Scientific memoirs by medical officers of the Army of India - Part V,
Year: 1890
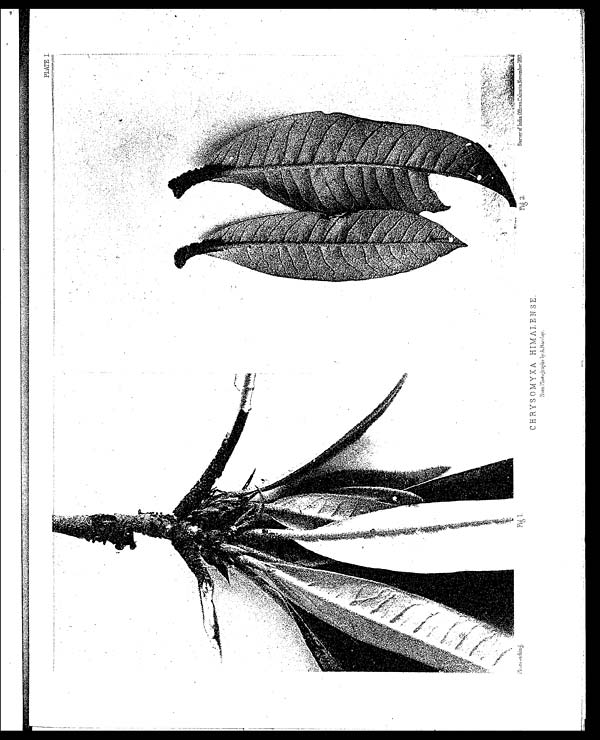
PLATE I.
Survey of India Offices. Calcutta, November
CHRYS OMYXA HIMALENSE.